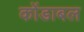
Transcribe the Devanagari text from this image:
कोंडाबल